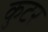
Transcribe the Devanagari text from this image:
कुटर